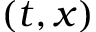
( t , x )